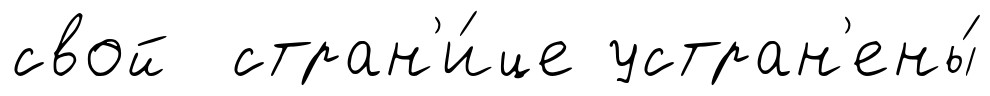
свой стран'и́це устран'ены́